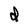
Character: d